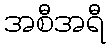
အစီအရီ